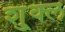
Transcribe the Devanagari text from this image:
शु्क्ल